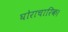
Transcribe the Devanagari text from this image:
घोराचारिक।